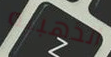
الذهبيه